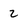
Character: 2